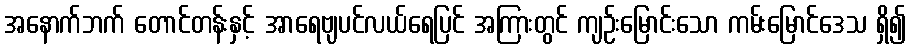
အနောက်ဘက် တောင်တန်းနှင့် အာရေဗျပင်လယ်ရေပြင် အကြားတွင် ကျဉ်းမြောင်းသော ကမ်းမြောင်ဒေသ ရှိ၍